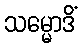
သမ္မောဒိံ